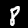
Label: 8